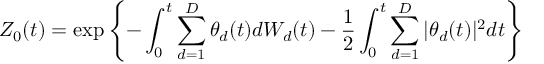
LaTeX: Z _ { 0 } ( t ) = \exp \left\{ - \int _ { 0 } ^ { t } \sum _ { d = 1 } ^ { D } \theta _ { d } ( t ) d W _ { d } ( t ) - { \frac { 1 } { 2 } } \int _ { 0 } ^ { t } \sum _ { d = 1 } ^ { D } | \theta _ { d } ( t ) | ^ { 2 } d t \right\}